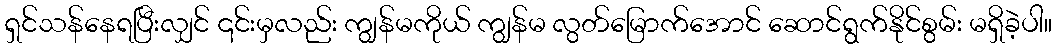
ရှင်သန်နေရပြီးလျှင် ၎င်းမှလည်း ကျွန်မကိုယ် ကျွန်မ လွတ်မြောက်အောင် ဆောင်ရွက်နိုင်စွမ်း မရှိခဲ့ပါ။